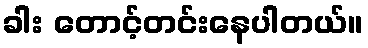
ခါး တောင့်တင်းနေပါတယ်။